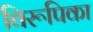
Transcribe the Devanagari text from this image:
विरूपिका